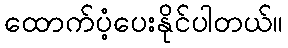
ထောက်ပံ့ပေးနိုင်ပါတယ်။